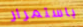
باستمرار